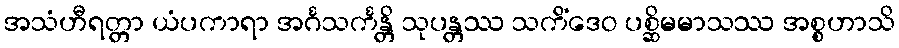
အသံဟီရတ္တာ ယံပကာရာ အင်္ဂသင်္ကန္တိ သုပန္တဿ သကိံဒေဝ ပစ္ဆိမမာသဿ အစ္စဟာသိ